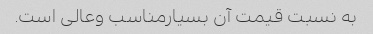
به نسبت قیمت آن بسیارمناسب وعالی است.